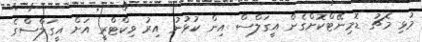
މުޅި މެޗު ޑޮމިނޭޓްކޮށްގެން އީގަލްސް އިން ކުޅުނު އިރު ވިކްޓްރީ އަށް އީގަލްސްގެ